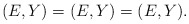
\begin{align*}(E,Y)=(E,Y)=(E,Y).\end{align*}